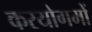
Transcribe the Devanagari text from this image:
करयोगमों